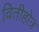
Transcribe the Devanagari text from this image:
वितीहोत्र